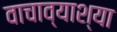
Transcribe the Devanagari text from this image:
वाचाव्याश्या